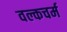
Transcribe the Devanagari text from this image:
वल्कचर्म